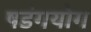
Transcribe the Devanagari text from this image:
षडंगयोग